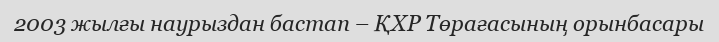
2003 жылғы наурыздан бастап – ҚХР Төрағасының орынбасары